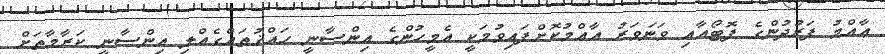
ޢާއްމު ފަރުދުންގެ ފޮޓޯއާއި ވަނަވަރު އާއްމުކޮށްފައިވުމަކީ އެމީހުންގެ އިންސާނީ ޙައްޤުތައްގެއްލި އިންސާނީ ކަރާމާތަށް